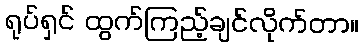
ရုပ်ရှင် ထွက်ကြည့်ချင်လိုက်တာ။